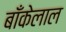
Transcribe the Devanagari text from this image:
बाँकेलाल